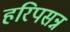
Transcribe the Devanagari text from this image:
हरिपसन्न